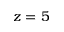
z = 5